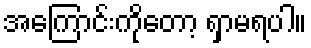
အကြောင်းကိုတော့ ရှာမရပါ။